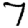
Digit: 7